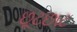
છૂટછાટ